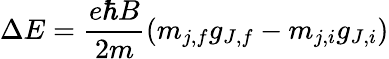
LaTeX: \Delta E={\frac{e\hbar B}{2m}}(m_{j,f}g_{J,f}-m_{j,i}g_{J,i})